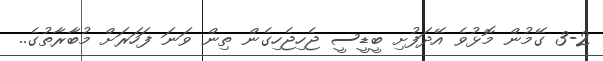
3-2 ގޭމުން މޮޅުވެ އޭދަފުށި ބީޑީސީ ޖެހިޖެހިގެން ތިން ވަނަ ފަހަރަށް މުބާރާތުގެ..